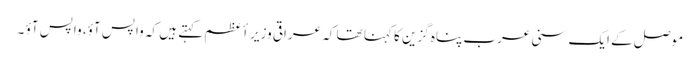
موصل کے ایک سنی عرب پناہ گزین کا کہنا تھا کہ عراقی وزیر أعظم کہتے ہیں کہ واپس آؤ، واپس آؤ ۔